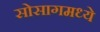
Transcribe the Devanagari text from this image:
सोसागमध्ये